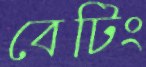
বেটিং